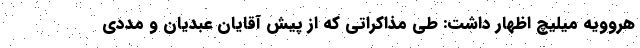
هروویه میلیچ اظهار داشت: طی مذاکراتی که از پیش آقایان عبدیان و مددی